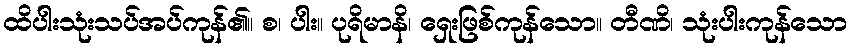
ထိပါးသုံးသပ်အပ်ကုန်၏။ စ၊ ပါး။ ပုရိမာနိ၊ ရှေးဖြစ်ကုန်သော။ တီဏိ၊ သုံးပါးကုန်သော